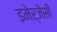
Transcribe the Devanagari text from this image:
इमेर्जेंसी